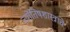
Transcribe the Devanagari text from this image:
ज्योतिषशास्त्राचे